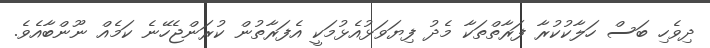
ދިވެހި ބަސް ހަލާކުކުރާ ފަރާތްތަކާ މެދު ފިޔަވަޅުއެޅުމަކީ އެފަރާތުން ކުރަންޖެހޭނެ ކަމެއް ނޫންބާއެވެ.